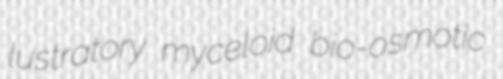
lustratory myceloid bio-osmotic